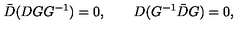
\bar { D } ( D G G ^ { - 1 } ) = 0 , \qquad D ( G ^ { - 1 } \bar { D } G ) = 0 ,